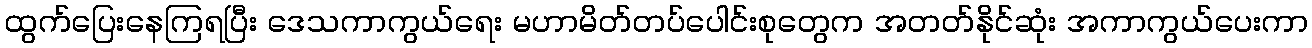
ထွက်ပြေးနေကြရပြီး ဒေသကာကွယ်ရေး မဟာမိတ်တပ်ပေါင်းစုတွေက အတတ်နိုင်ဆုံး အကာကွယ်ပေးကာ